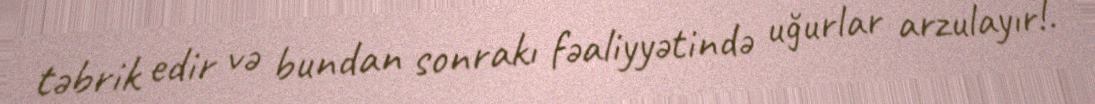
təbrik edir və bundan sonrakı fəaliyyətində uğurlar arzulayır!.